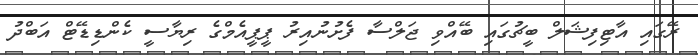
ރޭގައި އާޓިފިޝަލް ބީޗުގައި ބޭއްވި ޖަލްސާ ފެށުނުއިރު ޕީޕީއެމްގެ ރިޔާސީ ކެންޑިޑޭޓް އަބްދު